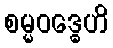
စမ္မဝဒ္ဓေဟိ